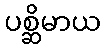
ပစ္ဆိမာယ